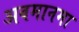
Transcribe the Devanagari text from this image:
अवमानमा